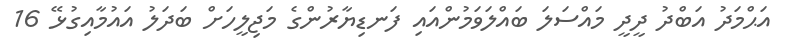
އަޙްމަދު އަބްދު ދީދީ މައްސަލަ ބައްލަވަމުންއައި ފަނޑިޔާރުންގެ މަޖިލީހަށް ބަދަލު އައުމާއިގުޅޭ 16